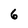
Character: 6